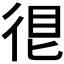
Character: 𢓼